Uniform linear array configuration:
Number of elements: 16
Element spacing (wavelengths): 0.5
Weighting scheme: hamming
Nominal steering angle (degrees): -15
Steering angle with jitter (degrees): -14.537
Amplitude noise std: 0.05
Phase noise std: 0.05

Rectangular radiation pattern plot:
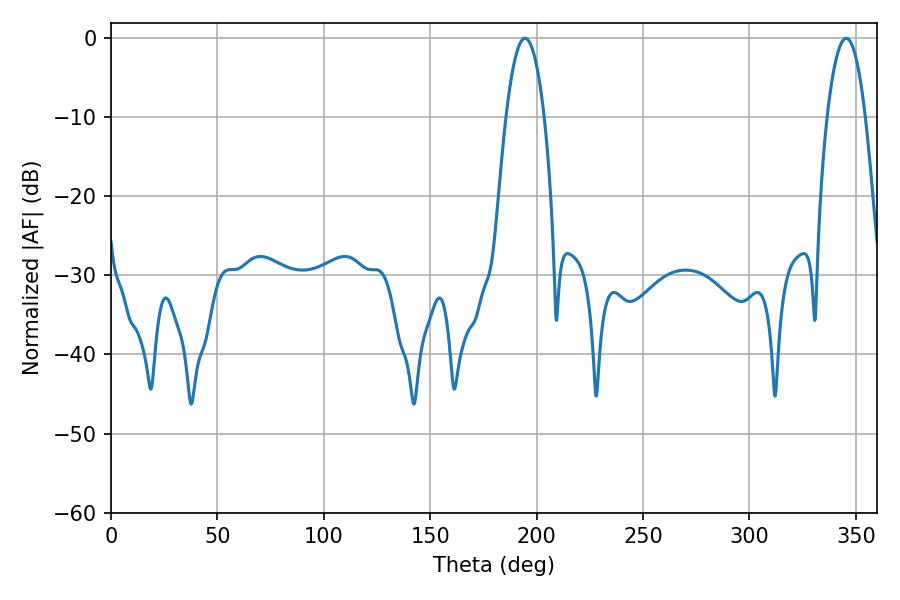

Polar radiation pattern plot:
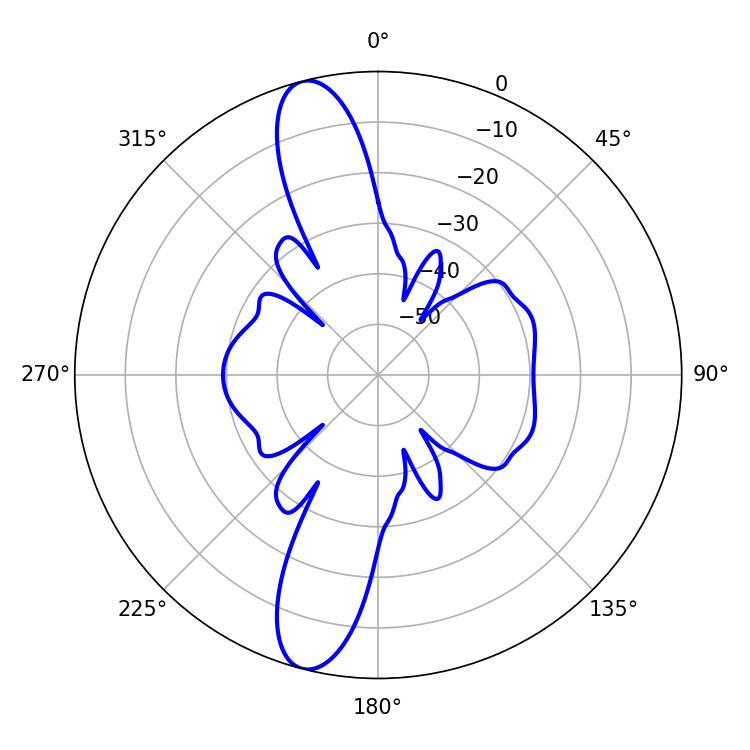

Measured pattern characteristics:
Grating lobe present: FALSE
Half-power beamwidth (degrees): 9.9
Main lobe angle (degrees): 345.42